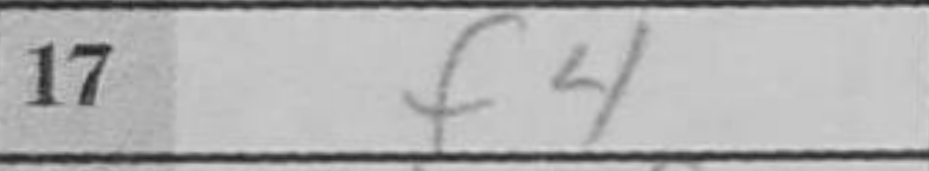
Transcription: f4